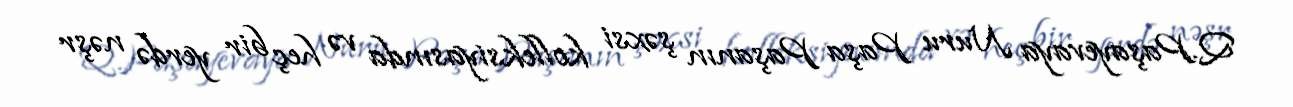
Q.Paşayevaya Nuru Paşa Paşanın şəxsi kolleksiyasında və heç bir yerdə nəşr